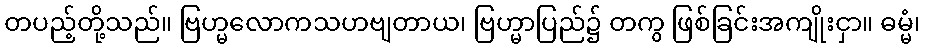
တပည့်တို့သည်။ ဗြဟ္မလောကသဟဗျတာယ၊ ဗြဟ္မာပြည်၌ တကွ ဖြစ်ခြင်းအကျိုးငှာ။ ဓမ္မံ၊